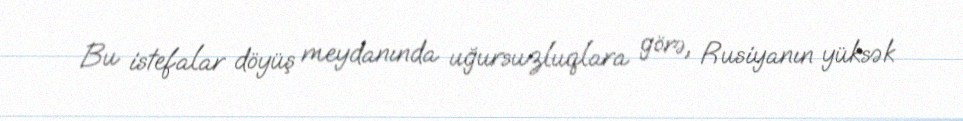
Bu istefalar döyüş meydanında uğursuzluqlara görə, Rusiyanın yüksək